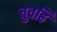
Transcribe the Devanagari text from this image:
चुवहिं